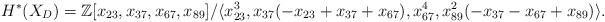
LaTeX: \begin{align*}H^*(X_{D})=\mathbb{Z}[x_{23},x_{37},x_{67},x_{89}]/\langle x_{23}^{3},x_{37}(-x_{23}+x_{37}+x_{67}), x_{67}^4, x_{89}^2(-x_{37}-x_{67}+x_{89}) \rangle.\end{align*}